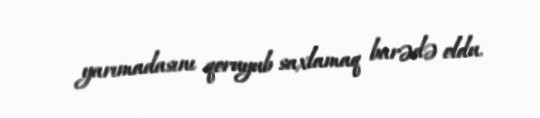
yarımadasını qoruyub saxlamaq barədə oldu.